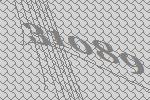
31089